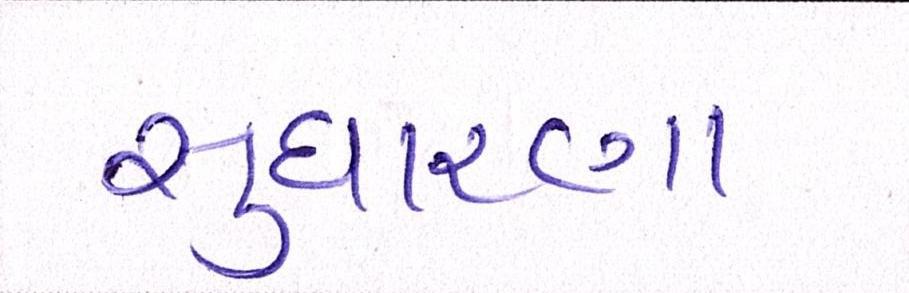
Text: સુધારણા